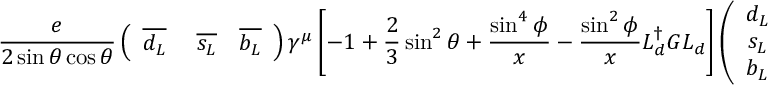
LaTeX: \frac e { 2 \sin \theta \cos \theta } \left( \begin{array} { c c c } { { \overline { { { d _ { L } } } } } } & { { \ \overline { { { s _ { L } } } } } } & { { \overline { { { b _ { L } } } } } } \end{array} \right) \gamma ^ { \mu } \left[ - 1 + \frac 2 3 \sin ^ { 2 } \theta + \frac { \sin ^ { 4 } \phi } x - \frac { \sin ^ { 2 } \phi } x L _ { d } ^ { \dagger } G L _ { d } \right] \left( \begin{array} { c } { { d _ { L } } } \\ { { s _ { L } } } \\ { { b _ { L } } } \end{array} \right) Z _ { \mu } \, ,